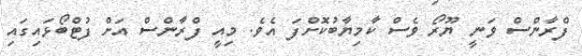
ފްރާންސް ވަނީ ޔޫރޯ ވެސް ކާމިޔާބުކޮށްފަ އެވެ. މިއީ ފްރާންސް އަށް ފުޓްބޯޅައިގައި